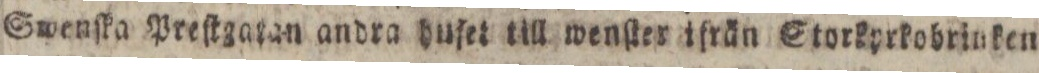
Swenſka Preſtgatan andra huſet till wenſter ifrän Storkprkobrinken